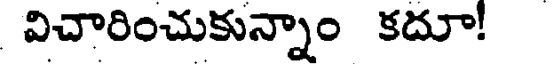
విచారించుకున్నాం కదూ!